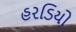
હરડિયો